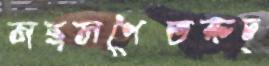
সছসপেতরুচ্